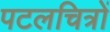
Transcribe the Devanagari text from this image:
पटलचित्रों